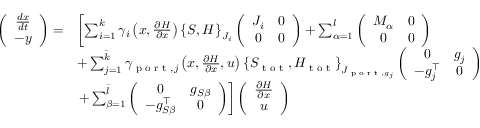
\begin{array} { r l } { \left( \begin{array} { c } { \frac { d x } { d t } } \\ { - y } \end{array} \right) = } & { \left[ \sum _ { i = 1 } ^ { k } \gamma _ { i } \left( x , \frac { \partial H } { \partial x } \right) \left\{ S , H \right\} _ { J _ { i } } \left( \begin{array} { c c } { J _ { i } } & { 0 } \\ { 0 } & { 0 } \end{array} \right) + \sum _ { \alpha = 1 } ^ { l } \left( \begin{array} { c c } { M _ { \alpha } } & { 0 } \\ { 0 } & { 0 } \end{array} \right) \right. } \\ & { + \sum _ { j = 1 } ^ { \bar { k } } \gamma _ { \textrm { p o r t } , j } \left( x , \frac { \partial H } { \partial x } , u \right) \left\{ S _ { \textrm { t o t } } , H _ { \textrm { t o t } } \right\} _ { J _ { \textrm { p o r t } , g _ { j } } } \left( \begin{array} { c c } { 0 } & { g _ { j } } \\ { - g _ { j } ^ { \top } } & { 0 } \end{array} \right) } \\ & { \left. + \sum _ { \beta = 1 } ^ { \bar { l } } \left( \begin{array} { c c } { 0 } & { g _ { S \beta } } \\ { - g _ { S \beta } ^ { \top } } & { 0 } \end{array} \right) \right] \left( \begin{array} { c } { \frac { \partial H } { \partial x } } \\ { u } \end{array} \right) } \end{array}